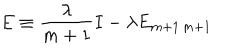
E \equiv \frac { \lambda } { m + 1 } I - \lambda E _ { m + 1 \, m + 1 }